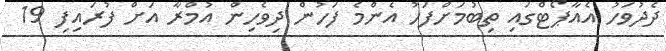
ދެދުވަހު އެއާޕޯޓްގައި ތިބުމަށްފަހު އެންމެ ފަހުން ދިވެހިން އުމްރާ އަށް ފުރައިފި 19